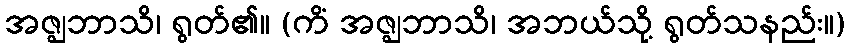
အဇ္ဈဘာသိ၊ ရွတ်၏။ (ကိံ အဇ္ဈဘာသိ၊ အဘယ်သို့ ရွတ်သနည်း။)